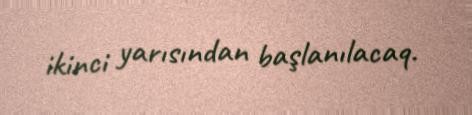
ikinci yarısından başlanılacaq.